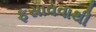
ફસાવવાથી